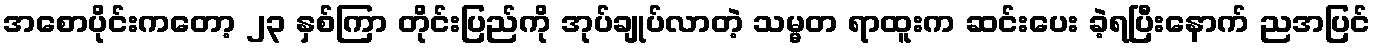
အစောပိုင်းကတော့ ၂၃ နှစ်ကြာ တိုင်းပြည်ကို အုပ်ချုပ်လာတဲ့ သမ္မတ ရာထူးက ဆင်းပေး ခဲ့ရပြီးနောက် ညအပြင်